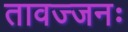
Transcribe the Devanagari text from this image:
तावज्जनः